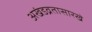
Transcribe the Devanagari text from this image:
अखंडव्रतासारखे